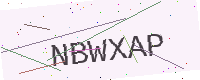
Text: NBWXAP